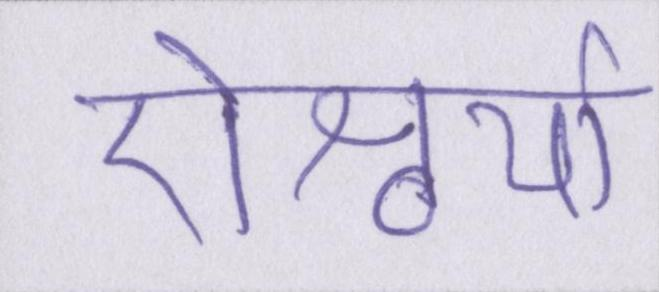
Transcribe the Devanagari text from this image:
ऐश्वर्या